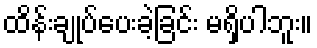
ထိန်းချုပ်ပေးခဲ့ခြင်း မရှိပါဘူး။